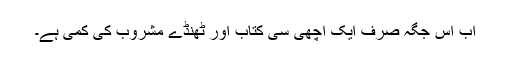
اب اس جگہ صرف ایک اچھی سی کتاب اور ٹھنڈے مشروب کی کمی ہے۔